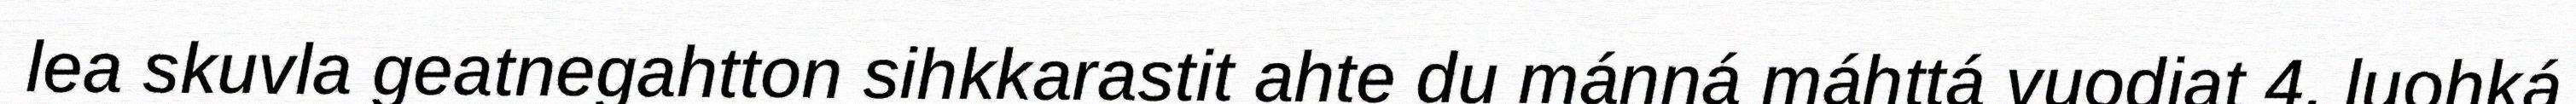
lea skuvla geatnegahtton sihkkarastit ahte du mánná máhttá vuodjat 4. luohká